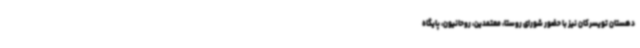
دهستان تویسرکان نیز با حضور شورای روستا، معتمدین، روحانیون، پایگاه